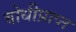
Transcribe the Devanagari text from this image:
बोधीप्राप्त